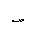
Letter: _sad